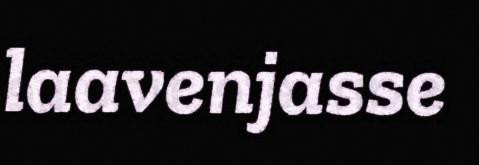
laavenjasse